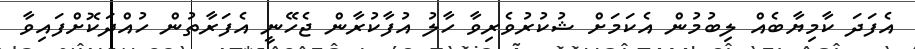
އެފަދަ ކާމިޔާބެއް ލިބުމުން އެކަމަށް ޝުކުރުވެރިވާ ހާލު އުފާކުރާން ޖެހޭނީ އެފަރާތުން ހުއްދަކޮށްފައިވާ